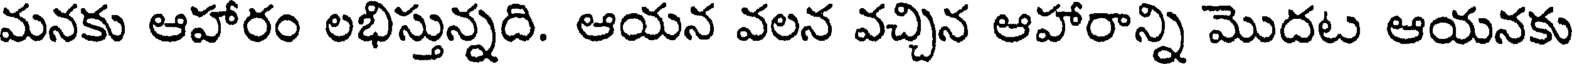
మనకు ఆహారం లభిస్తున్నది. ఆయన వలన వచ్చిన ఆహారాన్ని మొదట ఆయనకు